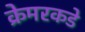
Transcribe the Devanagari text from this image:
क्रेमरकडे